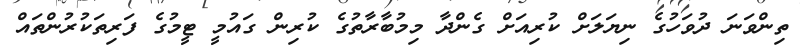
ތިންވަނަ ދުވަހުގެ ނިޔަލަށް ކުރިއަށް ގެންދާ މިމުބާރާތުގެ ކުރިން ގައުމީ ޓީމުގެ ފަރިތަކުރުންތައް